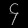
Digit: ၄